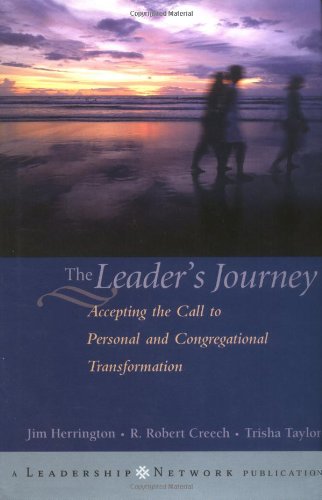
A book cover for The Leader's Journey: Accepting the Call to Personal and Congregational Transformation; Jim Herrington; Christian Books & Bibles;